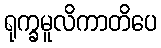
ရုက္ခမူလိကာတိပေ